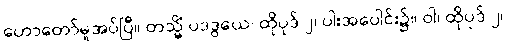
ဟောတော်မူအပ်ပြီ။ တသ္မိံ ပဒဒွယေ၊ ထိုပုဒ် ၂၊ ပါးအပေါင်း၌။ ဝါ၊ ထိုပုဒ် ၂၊